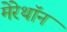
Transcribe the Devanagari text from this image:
मेरेथॉन